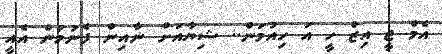
އެމް ޖީ އިޒް ހީ އަ ހިއުމަން.. ޝިޔާއަށް ނާއިން ފެނުމުން އެއީ